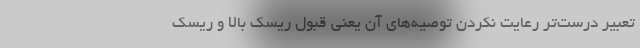
تعبیر درست‌تر رعایت نکردن توصیه‌های آن یعنی قبول ریسک بالا و ریسک